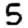
Digit: 5